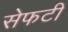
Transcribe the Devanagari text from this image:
सेफटी